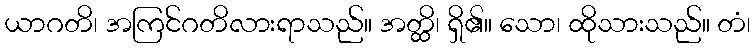
ယာဂတိ၊ အကြင်ဂတိလားရာသည်။ အတ္ထိ၊ ရှိ၏။ သော၊ ထိုသားသည်။ တံ၊